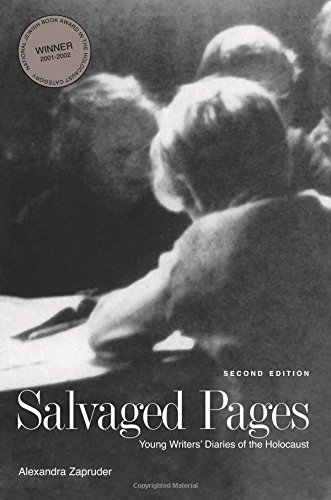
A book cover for Salvaged Pages: Young Writers' Diaries of the Holocaust, Second Edition; Literature & Fiction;